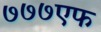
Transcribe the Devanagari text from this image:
७७७एफ